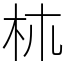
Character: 𣏕